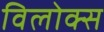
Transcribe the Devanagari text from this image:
विलोक्स